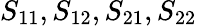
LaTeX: S_{11},S_{12},S_{21},S_{22}